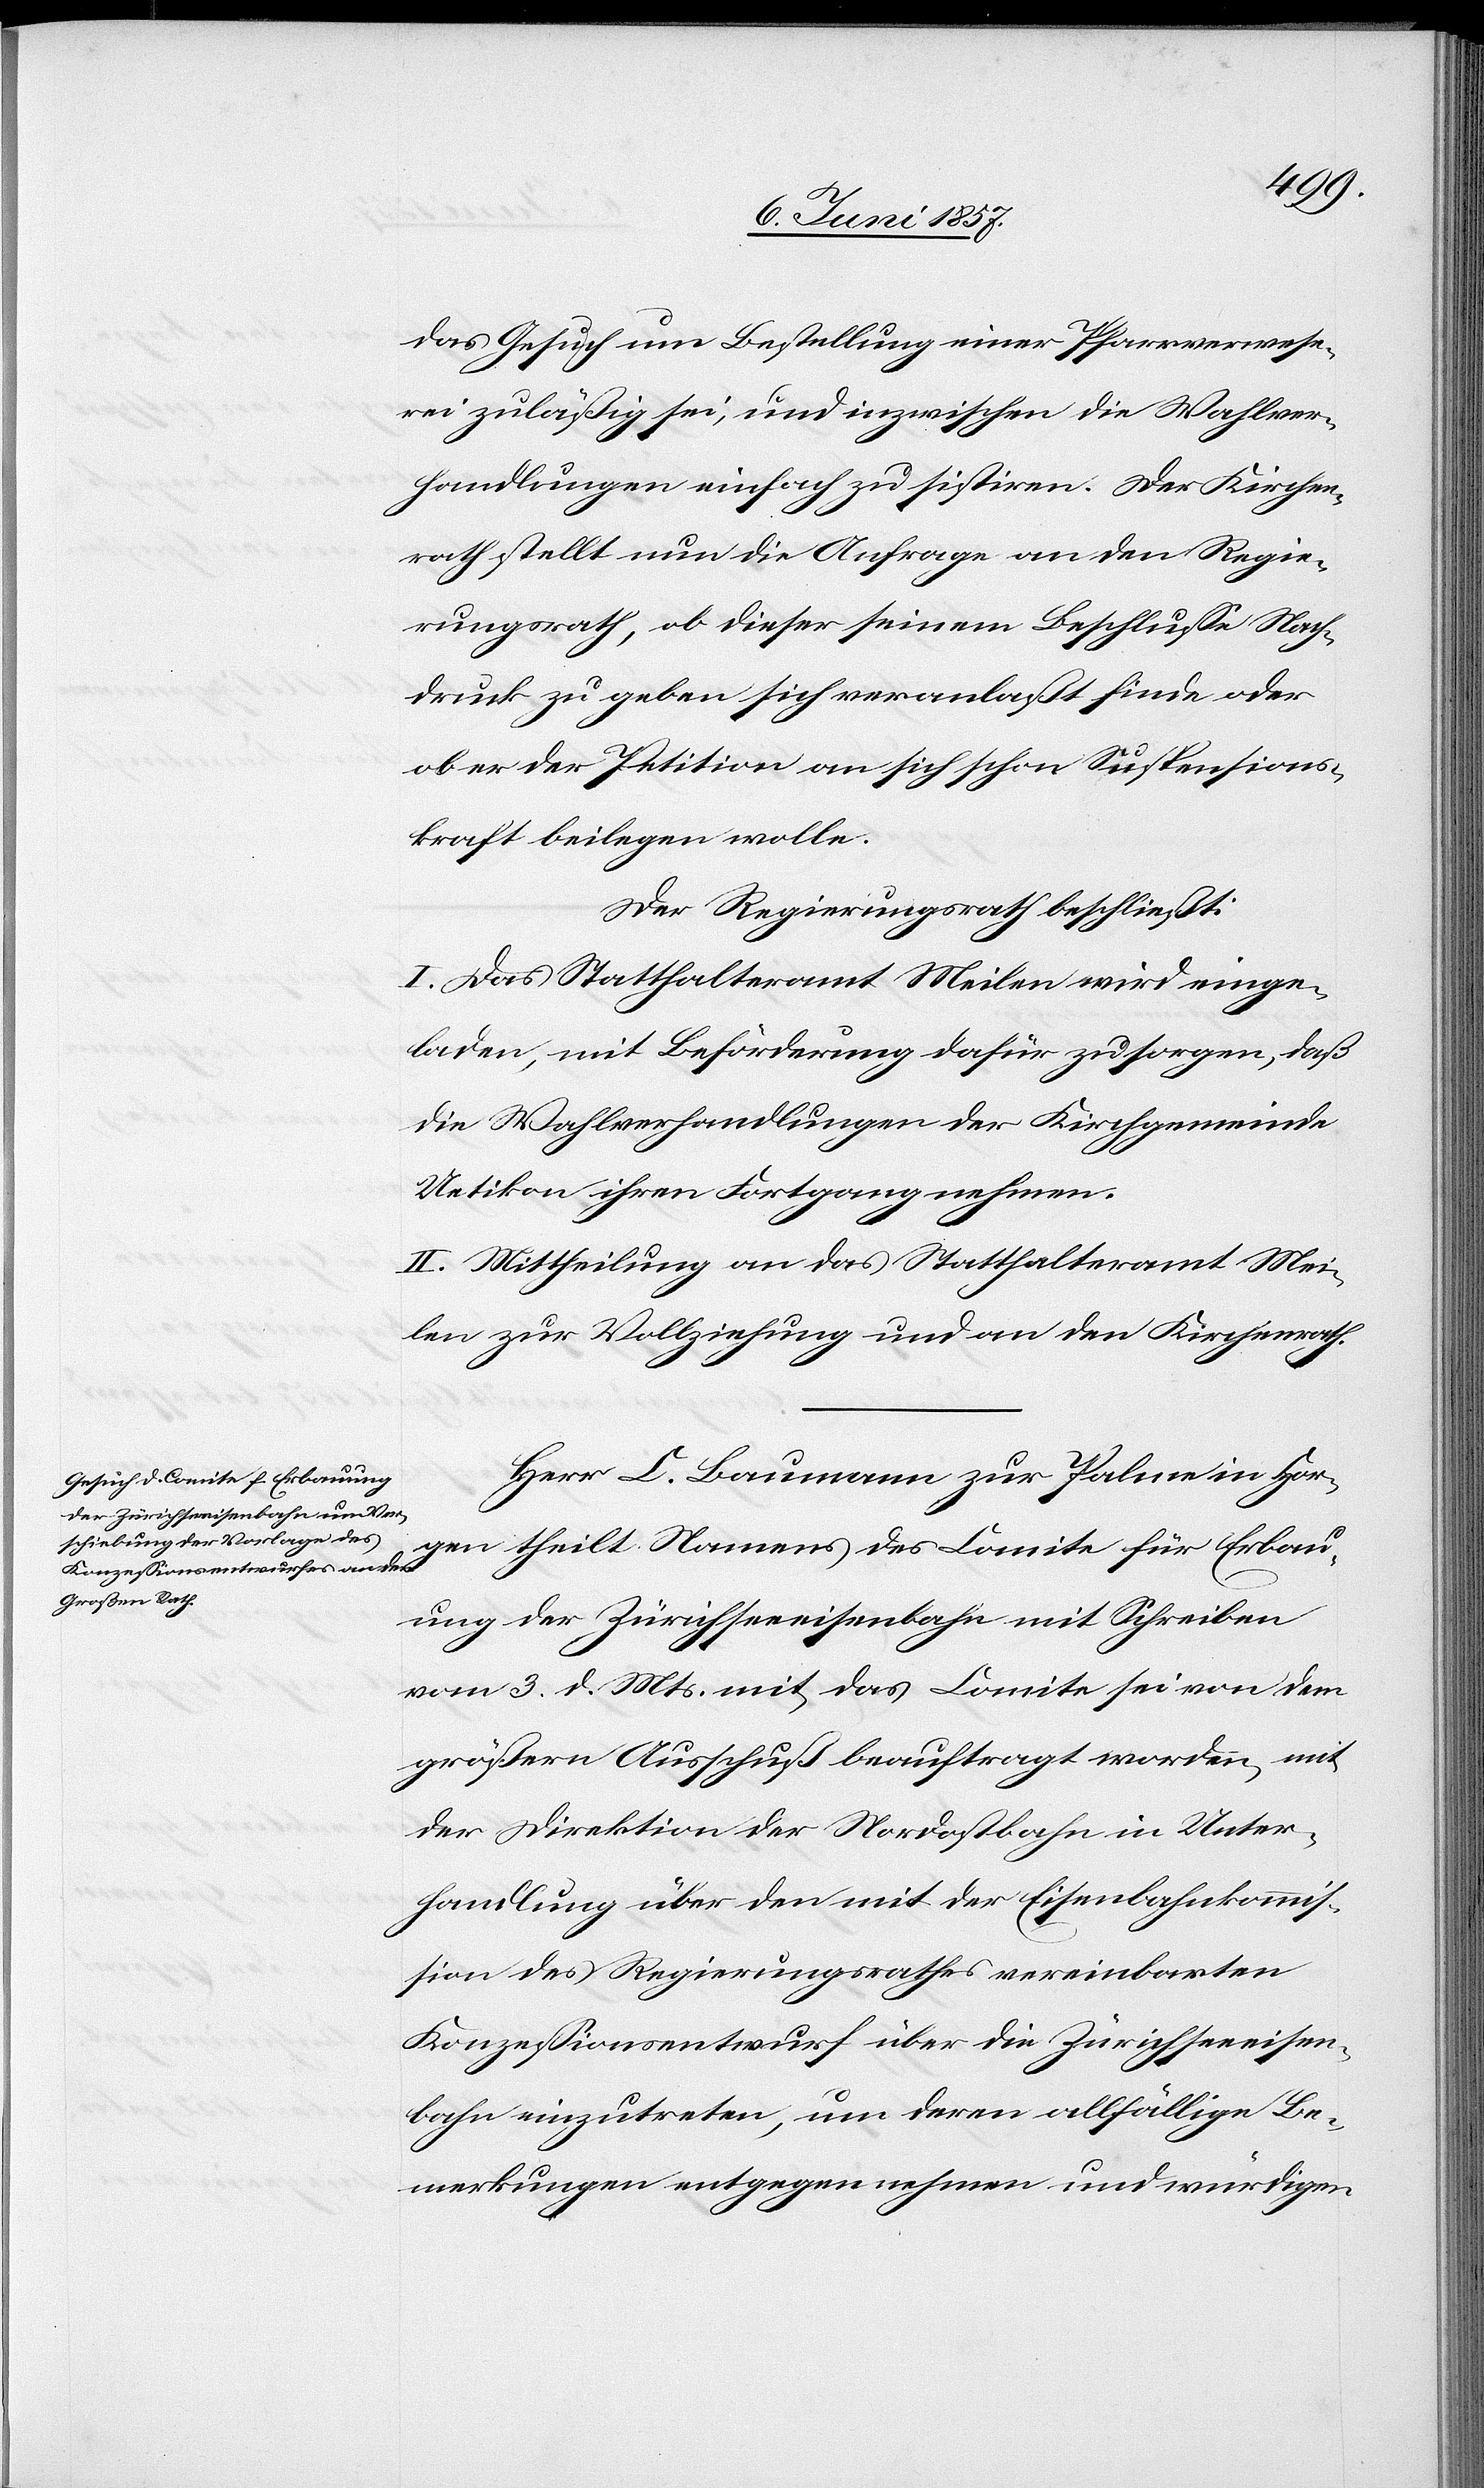
das Gesuch um Bestellung einer Pfarrverwese¬
rei zuläßig sei, und inzwischen die Wahlver¬
handlungen einfach zu sistiren. Der Kirchen¬
rath stellt nun die Anfrage an den Regie¬
rungsrath, ob dieser seinem Beschlusse Nach¬
druck zu geben sich veranlaßt finde oder
ob er der Petition an sich schon Suspensions¬
kraft beilegen wolle.
Der Regierungsrath beschließt:
I. Das Statthalteramt Meilen wird einge¬
laden, mit Beförderung dafür zu sorgen, daß
die Wahlverhandlungen der Kirchgemeinde
Uetikon ihren Fortgang nehmen.
II. Mittheilung an das Statthalteramt Mei¬
len zur Vollziehung und an den Kirchenrath.
Herr C. Baumann zur Palme in Hor¬
gen theilt Namens des Comite für Erbau¬
ung der Zürichseeeisenbahn mit Schreiben
vom 3 d. Mts. mit das Comite sei von dem
größern Ausschuß beauftragt worden, mit
der Direktion der Nordostbahn in Unter¬
handlung über den mit der Eisenbahnkommis¬
sion des Regierungsrathes vereinbarten
Konzessionsentwurf über die Zürichseeeisen¬
bahn einzutreten, um deren allfällige Be¬
merkungen entgegen nehmen und würdigen